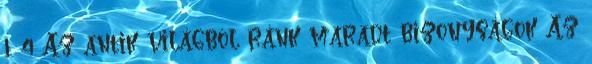
1. 4 Az antik világból ránk maradt bizonyságok Az